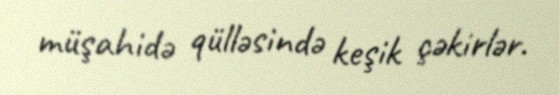
müşahidə qülləsində keşik çəkirlər.